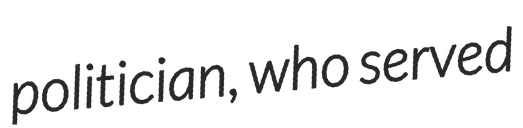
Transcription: politician, who served